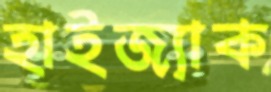
হাইজ্যাক